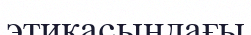
этикасындағы